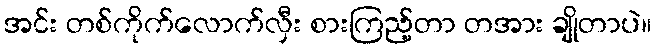
အင်း တစ်ကိုက်လောက်လှီး စားကြည့်တာ တအား ချိုတာပဲ။